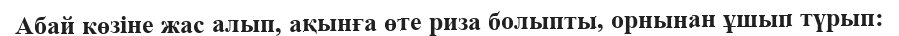
Абай көзіне жас алып, ақынға өте риза болыпты, орнынан ұшып түрып: